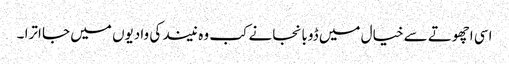
اسی اچھوتے سے خیال میں ڈوبا نجانے کب وہ نیند کی وادیوں میں جا اترا ۔